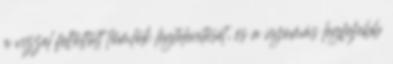
a vízzel feltöltött tömlõk légtelenítését, és a nyomás legfeljebb